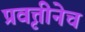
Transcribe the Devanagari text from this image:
प्रवृत्तीनेच